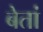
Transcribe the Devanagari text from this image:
बेतां